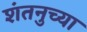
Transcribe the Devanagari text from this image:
शंतनुच्या